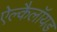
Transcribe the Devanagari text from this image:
ऐल्कैलॉयड